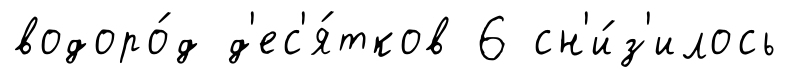
водоро́д д'ес'я́тков 6 сн'и́з'илось